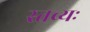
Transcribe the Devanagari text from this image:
स्तव्यः